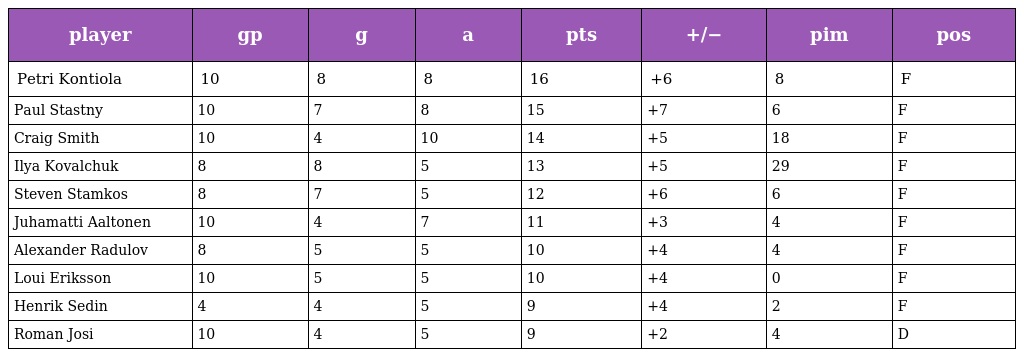
| player | gp | g | a | pts | +/− | pim | pos |
 | --- | --- | --- | --- | --- | --- | --- | --- |
 | Petri Kontiola | 10 | 8 | 8 | 16 | +6 | 8 | F |
 | Paul Stastny | 10 | 7 | 8 | 15 | +7 | 6 | F |
 | Craig Smith | 10 | 4 | 10 | 14 | +5 | 18 | F |
 | Ilya Kovalchuk | 8 | 8 | 5 | 13 | +5 | 29 | F |
 | Steven Stamkos | 8 | 7 | 5 | 12 | +6 | 6 | F |
 | Juhamatti Aaltonen | 10 | 4 | 7 | 11 | +3 | 4 | F |
 | Alexander Radulov | 8 | 5 | 5 | 10 | +4 | 4 | F |
 | Loui Eriksson | 10 | 5 | 5 | 10 | +4 | 0 | F |
 | Henrik Sedin | 4 | 4 | 5 | 9 | +4 | 2 | F |
 | Roman Josi | 10 | 4 | 5 | 9 | +2 | 4 | D |